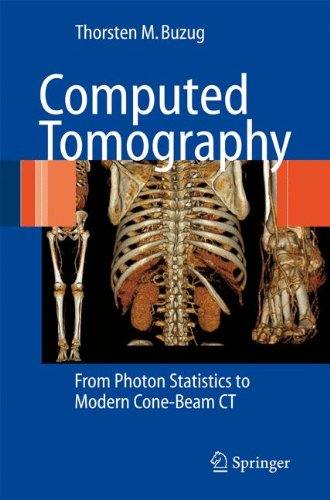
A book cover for Computed Tomography: From Photon Statistics to Modern Cone-Beam CT; Thorsten M. Buzug; Science & Math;